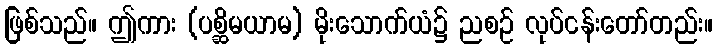
ဖြစ်သည်။ ဤကား (ပစ္ဆိမယာမ) မိုးသောက်ယံ၌ ညစဉ် လုပ်ငန်းတော်တည်း။